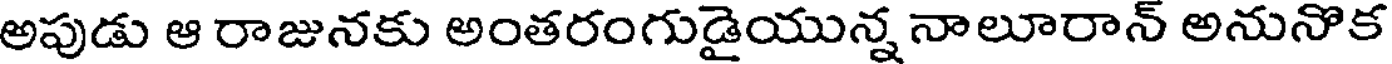
అపుడు ఆ రాజునకు అంతరంగుడైయున్న నాలూరాన్ అనునొక